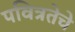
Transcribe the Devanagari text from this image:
पवित्रतेचे